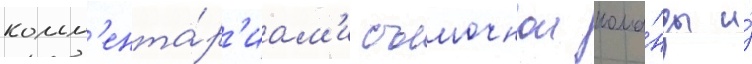
комм'ента́р'иам'и съемочнои кома́нды и́